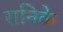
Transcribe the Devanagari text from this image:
रानिके